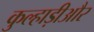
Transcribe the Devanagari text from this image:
कुल्हाड़ीऔर